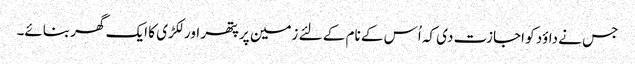
جس نے داؤد کو اجازت دی کہ اُس کے نام کے لئے زمین پر پتھر اور لکڑی کا ایک گھر بنائے۔